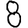
Digit: 8